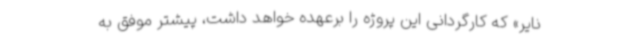
نایر» که کارگردانی این پروژه را برعهده خواهد داشت، پیشتر موفق به